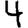
Digit: 4